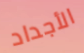
الأجداد